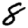
Digit: 8